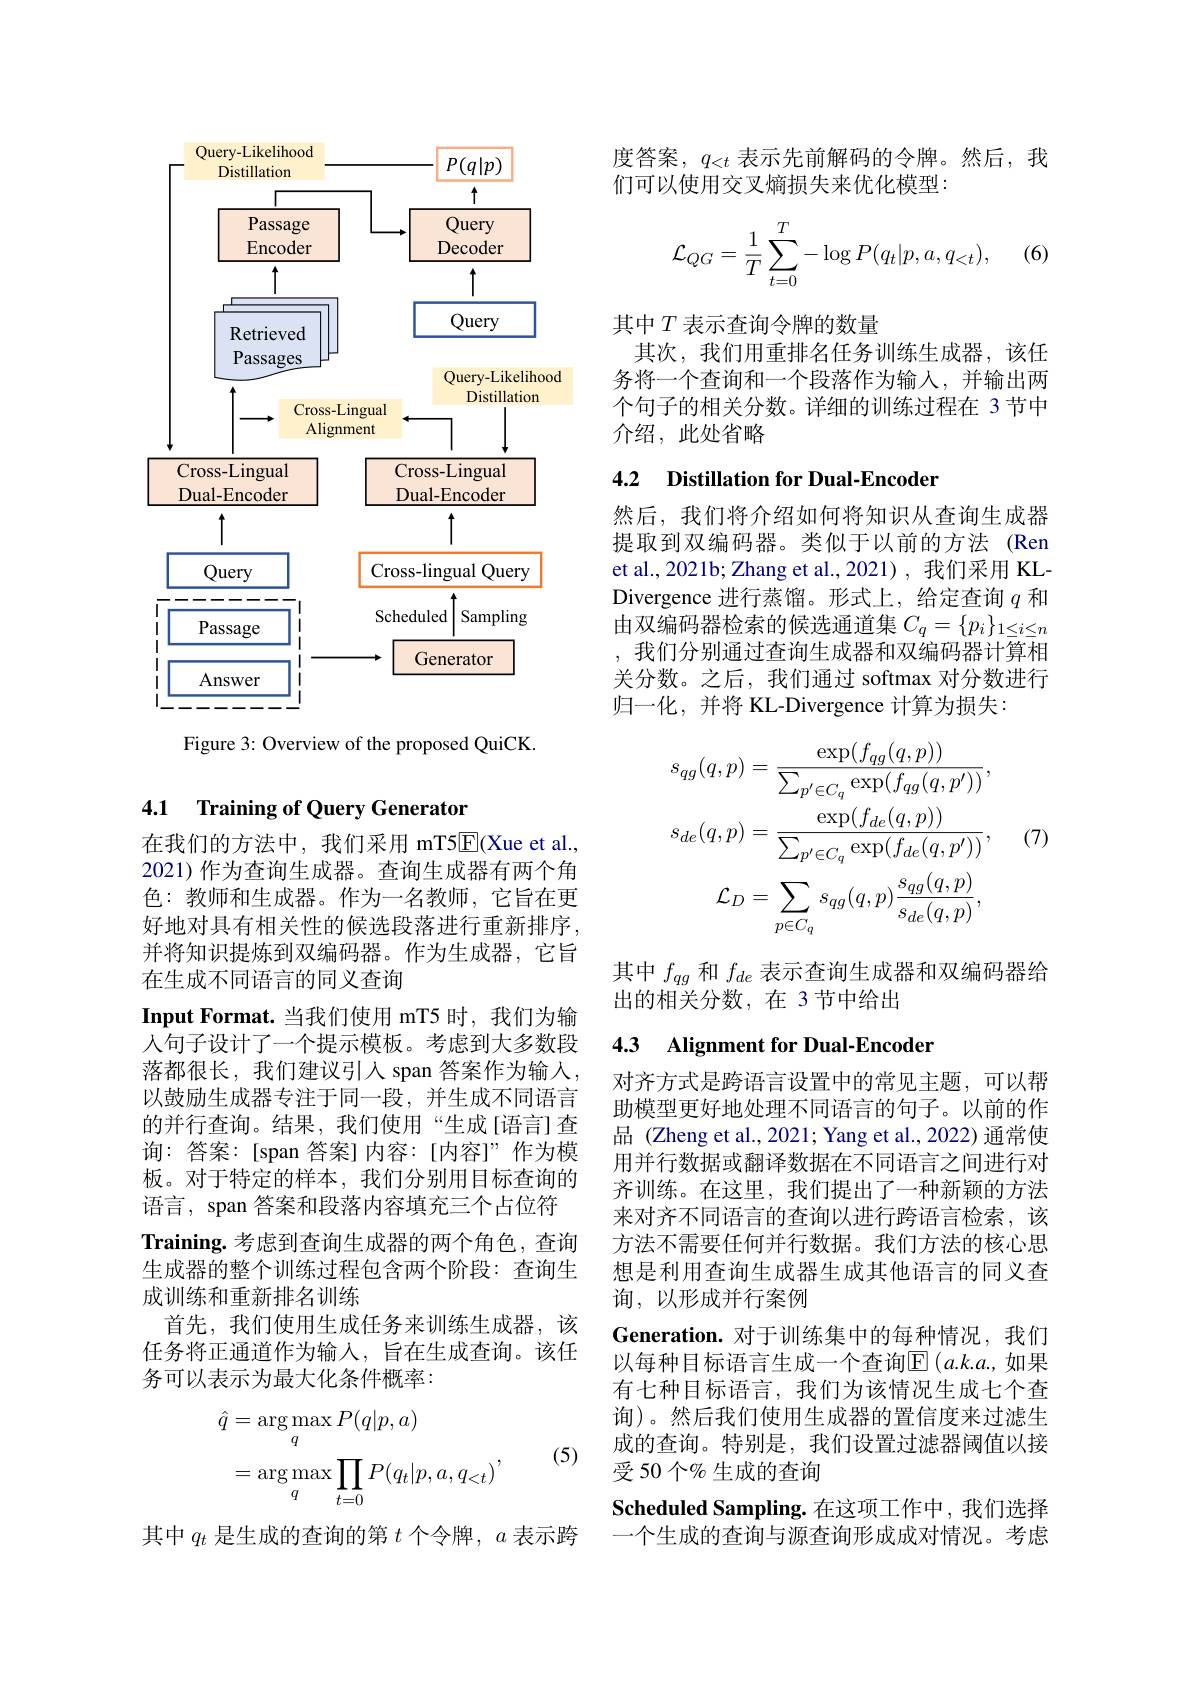
<FigureHere>

Figure 3: Overview of the proposed QuiCK.

### 4.1 Training of Ouerv Generaton

在我们的方法中，我们采用 mT5$\overline{\mathrm{E}}($Xue et al. 2021)作为查询生成器。查询生成器有两个角色：教师和生成器。作为一名教师，它旨在更好地对具有相关性的候选段落进行重新排序， 并将知识提炼到双编码器。作为生成器，它旨在生成不同语言的同义查询
Input Format. 当我们使用 mT5 时，我们为输人句子设计了一个提示模板。考虑到大多数段落都很长，我们建议引入 span 答案作为输人， 以鼓励生成器专注于同一段，并生成不同语言的并行查询。结果，我们使用“生成[语言]查询：答案：[span 答案]内容：[内容]”作为模板。对于特定的样本，我们分别用目标查询的语言，span 答案和段落内容填充三个占位符
$\textbf{Training. 考 虑 到 查 询 生 成 器 的 两 个 角 色 , 查 询 }$ 生成器的整个训练过程包含两个阶段：查询生成训练和重新排名训练
首先，我们使用生成任务来训练生成器，该任务将正通道作为输入，旨在生成查询。该任务可以表示为最大化条件概率：
$$\begin{aligned}\hat{q}&=\arg\max_{q}P(q|p,a)\\&=\arg\max_{q}\prod_{t=0}P(q_{t}|p,a,q_{<t})\end{aligned},$$
(5)

其中$q_t$是生成的查询的第$t$个令牌，$a$表示跨

度答案，$q_<t$表示先前解码的令牌。然后，我
们可以使用交叉熵损失来优化模型：
$$\mathcal{L}_{QG}=\frac{1}{T}\sum_{t=0}^{T}-\log P(q_{t}|p,a,q_{<t}),$$
(6)

其中$T$表示查询令牌的数量
其次，我们用重排名任务训练生成器，该任务将一个查询和一个段落作为输入，并输出两个句子的相关分数。详细的训练过程在 3 节中介绍，此处省略

## 4.2 Distillation for Dual-Encoder

然后，我们将介绍如何将知识从查询生成器提取到双编码器。类似于以前的方法 (Ren et al.,2021b; Zhang et al.,2021), 我们采用 KLDivergence 进行蒸馏。形式上，给定查询$q$和由双编码器检索的候选通道集$C_q=\{p_i\}_{1\leq i\leq n}$ ,我们分别通过查询生成器和双编码器计算相关分数。之后，我们通过 softmax 对分数进行归一化，并将 KL-Divergence 计算为损失：
$$\begin{aligned}s_{qg}(q,p)&=\frac{\exp(f_{qg}(q,p))}{\sum_{p^{\prime}\in C_{q}}\exp(f_{qg}(q,p^{\prime}))},\\s_{de}(q,p)&=\frac{\exp(f_{de}(q,p))}{\sum_{p^{\prime}\in C_{q}}\exp(f_{de}(q,p^{\prime}))},\\\mathcal{L}_{D}&=\sum_{p\in C_{q}}s_{qg}(q,p)\frac{s_{qg}(q,p)}{s_{de}(q,p)},\end{aligned}$$
(7)

其中$f_{qg}$和$f_{de}$表示查询生成器和双编码器给
出的相关分数，在 3节中给出

### 4.3 Alignment for Dual-Encoden

对齐方式是跨语言设置中的常见主题，可以帮助模型更好地处理不同语言的句子。以前的作品 (Zheng et al.,2021; Yang et al.,2022) 通常使用并行数据或翻译数据在不同语言之间进行对齐训练。在这里，我们提出了一种新颖的方法来对齐不同语言的查询以进行跨语言检索，该方法不需要任何并行数据。我们方法的核心思想是利用查询生成器生成其他语言的同义查询，以形成并行案例

Generation.对于训练集中的每种情况，我们以每种目标语言生成一个查询$\overline{\mathrm{E}}\left(a.k.a.,\text{如果}\right)$ 有七种目标语言，我们为该情况生成七个查询)。然后我们使用生成器的置信度来过滤生成的查询。特别是，我们设置过滤器阈值以接受 50 个% 生成的查询
$\mathbf{Scheduled~Sampling.~在这项工作中，我们选择}$ 一个生成的查询与源查询形成成对情况。考虑